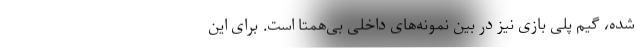
شده، گیم پلی بازی نیز در بین نمونه‌های داخلی بی‌همتا است. برای این